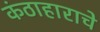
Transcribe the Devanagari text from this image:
कंठाहाराचे